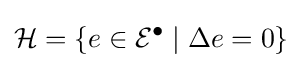
{\mathcal {H}}=\{e\in {\mathcal {E}}^{\bullet }\mid \Delta e=0\}